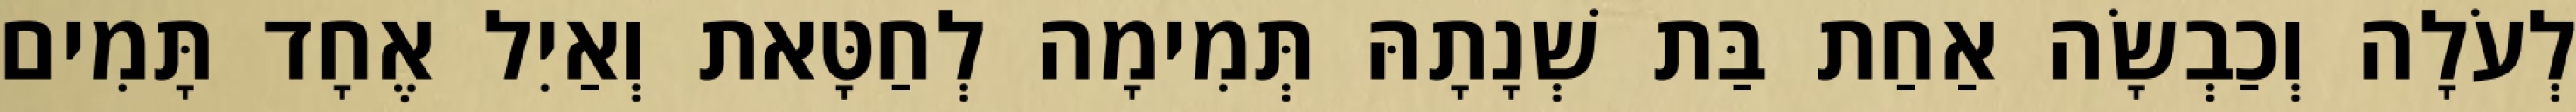
לְעֹלָה וְכַבְשָׂה אַחַת בַּת שְׁנָתָהּ תְּמִימָה לְחַטָּאת וְאַיִל אֶחָד תָּמִים